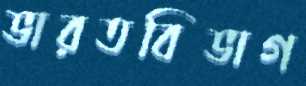
ভারতবিভাগ